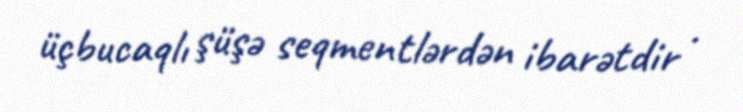
üçbucaqlı şüşə seqmentlərdən ibarətdir .